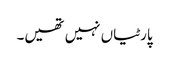
پارٹیاں نہیں تھیں۔